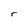
Character: r